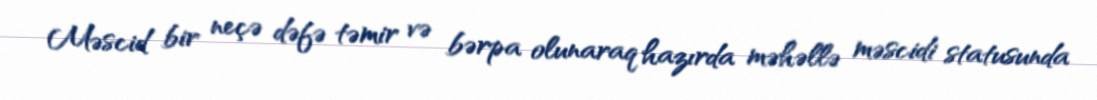
Məscid bir neçə dəfə təmir və bərpa olunaraq hazırda məhəllə məscidi statusunda